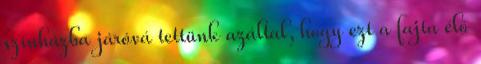
színházba járóvá tettünk azáltal, hogy ezt a fajta élő